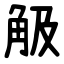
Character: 觙